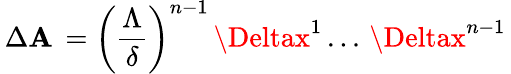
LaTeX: \, \Delta\mathbf{A}\, =\left(\frac{{\Lambda}}{{\delta}}\right)^{n-1}\, \Deltax^{1}\, ...\, \Deltax^{n-1}\,